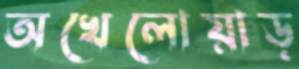
অখেলোয়াড়